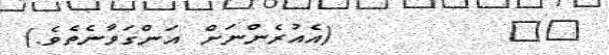
١٤        (އެއުރެންނަށް އަންގަވާނެތެވެ.)